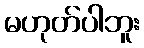
မဟုတ်ပါဘူး